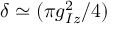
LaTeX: \delta \simeq ( \pi g _ { I z } ^ { 2 } / 4 )